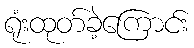
ရုံးထုတ်ခဲ့ကြောင်း